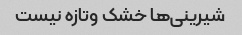
شیرینی‌ها خشک وتازه نیست